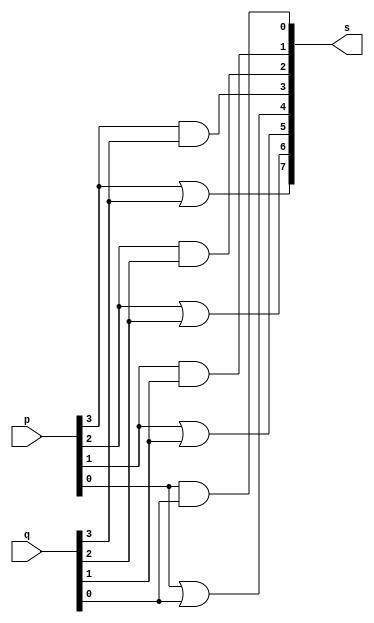
// -------------------------
// Exemplo0031 - F4
// Nome: Eduardo Manoel
// -------------------------
// -------------------------
//  f4_gate
// -------------------------
module f4 (output [7:0]s, input [3:0]p, input [3:0]q);
// Calculo do AND dos valores sero armazenados nas quatro primeiras posicoes do retorno [3:0]
	 assign s[3] = (p[3] & q[3]); 
	 assign s[2] = (p[2] & q[2]); 
	 assign s[1] = (p[1] & q[1]); 
	 assign s[0] = (p[0] & q[0]); 

// Calculo do OR dos valores sero armazenados nas quatro ultimas posicoes do retorno [7:4]
	 assign s[7] = (p[3] | q[3]); 
	 assign s[6] = (p[2] | q[2]); 
	 assign s[5] = (p[1] | q[1]); 
	 assign s[4] = (p[0] | q[0]); 

endmodule //f4

module test_f4;
// ------------------------- definir dados
   reg  [3:0] x;
	reg  [3:0] y;
	wire [7:0] z;
f4 modulo (z, x, y);
// ------------------------- parte principal
   initial begin
      $display("Exemplo0031 - Eduardo Manoel - 427396");
      $display("Test LU's module");
		#1 x = 4'b0011;	y = 4'b0101;
   // projetar testes do modulo
		$monitor("Resultado AND bit a bit: %3b & %3b = %4b \nResultado OR bit a bit: %3b | %3b = %4b \n",x,y,z[3:0],x,y,z[7:4]);
		#2 x = 4'b0000;	y = 4'b1111;
		#3 x = 4'b1010;	y = 4'b0101;
end
endmodule // test_f4